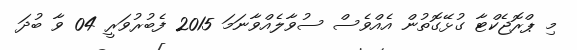
މި ޕްރޮޖެކްޓާ ގުޅޭގޮތުން އެއްވެސް ސުވާލެއްވާނަމަ 2015 ފެބުރުވަރީ 04 ވާ ބުދަ